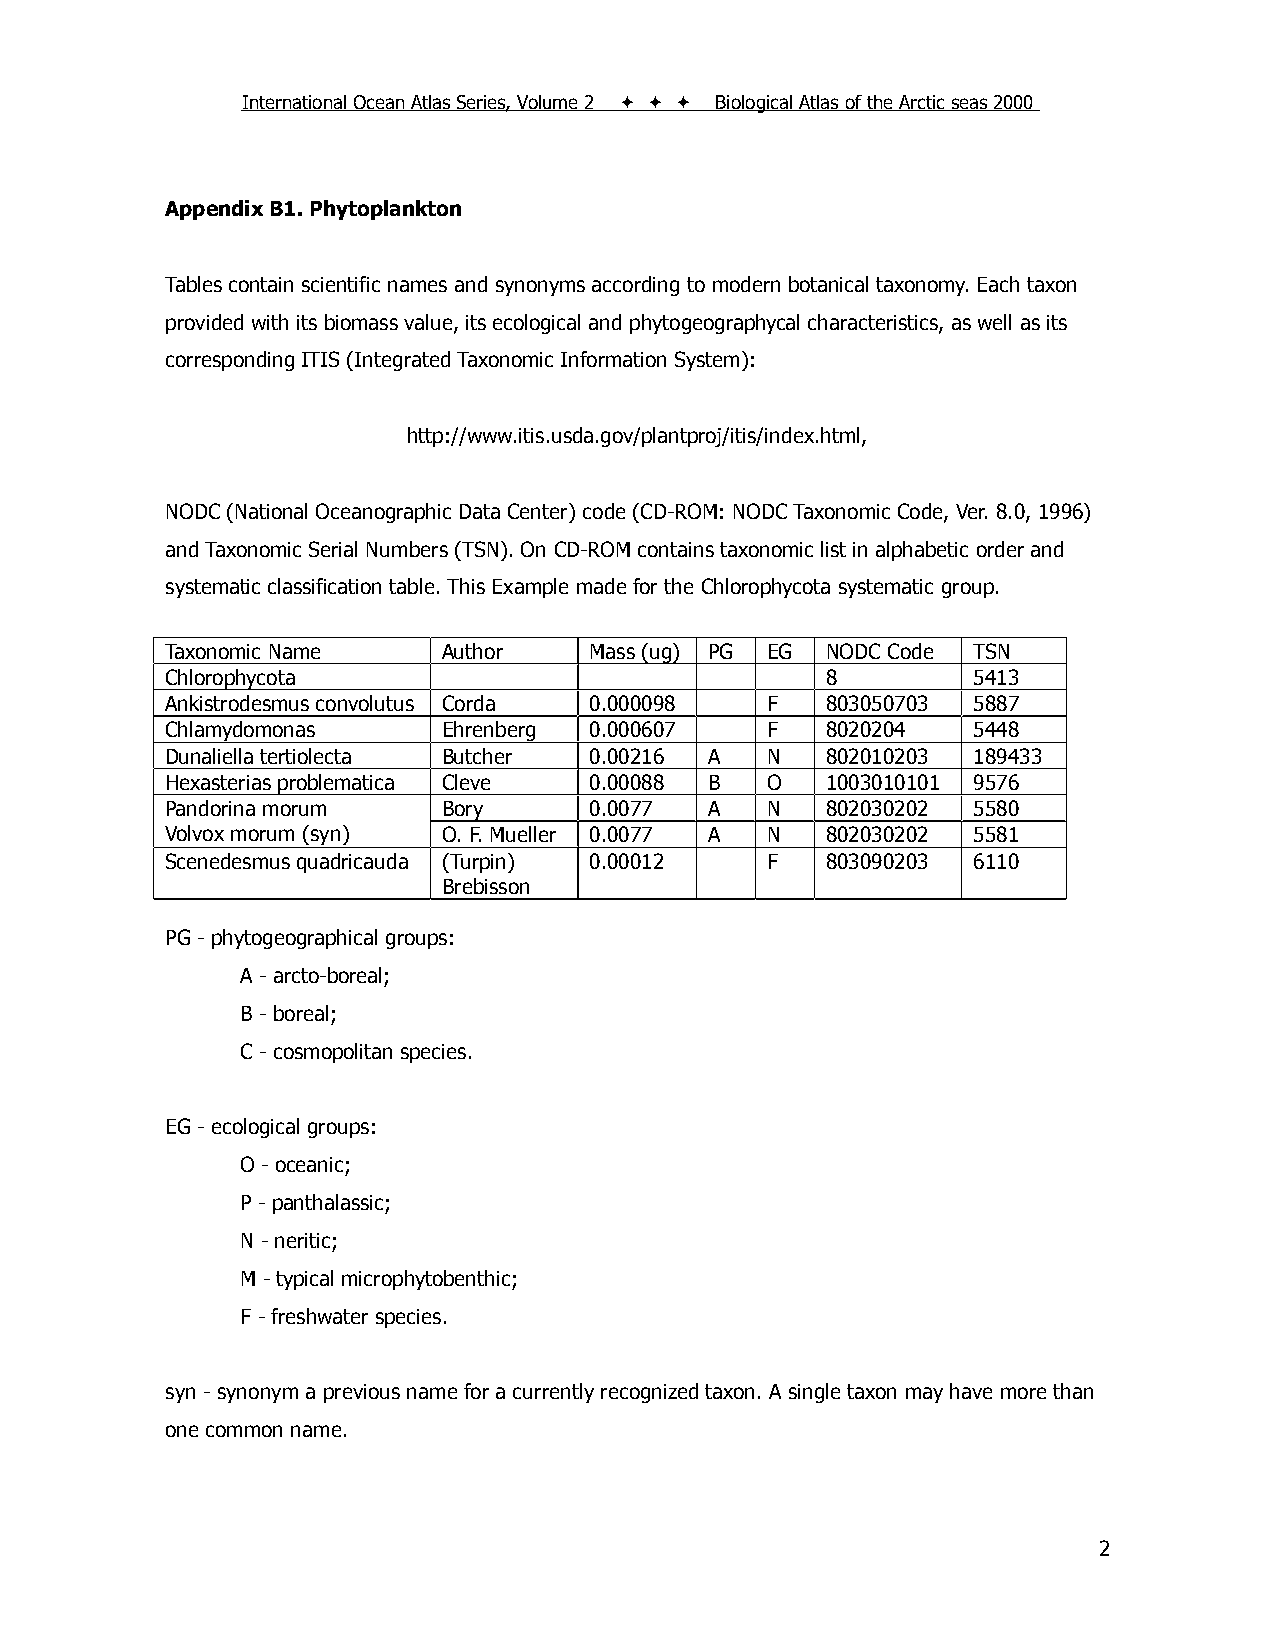
International Ocean Atlas Series, Volume 2    Biological Atlas of the Arctic seas 2000
 Appendix B1. Phytoplankton
 Tables contain scientific names and synonyms according to modern botanical taxonomy. Each taxon
 provided with its biomass value, its ecological and phytogeographycal characteristics, as well as its
 corresponding ITIS (Integrated Taxonomic Information System):
 http://www.itis.usda.gov/plantproj/itis/index.html,
 NODC (National Oceanographic Data Center) code (CD-ROM: NODC Taxonomic Code, Ver. 8.0, 1996)
 and Taxonomic Serial Numbers (TSN). On CD-ROM contains taxonomic list in alphabetic order and
 systematic classification table. This Example made for the Chlorophycota systematic group.
 Taxonomic Name    Author    Mass (ug) PG EG NODC Code TSN
 Chlorophycota                               8        5413
 Ankistrodesmus convolutus Corda 0.000098 F  803050703 5887
 Chlamydomonas     Ehrenberg 0.000607    F   8020204  5448
 Dunaliella tertiolecta Butcher 0.00216 A N  802010203 189433
 Hexasterias problematica Cleve 0.00088 B O  1003010101 9576
 Pandorina morum   Bory      0.0077  A   N   802030202 5580
 Volvox morum (syn) O. F. Mueller 0.0077 A N 802030202 5581
 Scenedesmus quadricauda (Turpin) 0.00012 F  803090203 6110
 Brebisson
 PG - phytogeographical groups:
 A - arcto-boreal;
 B - boreal;
 C - cosmopolitan species.
 EG - ecological groups:
 O - oceanic;
 P - panthalassic;
 N - neritic;
 M - typical microphytobenthic;
 F - freshwater species.
 syn - synonym a previous name for a currently recognized taxon. A single taxon may have more than
 one common name.
 2